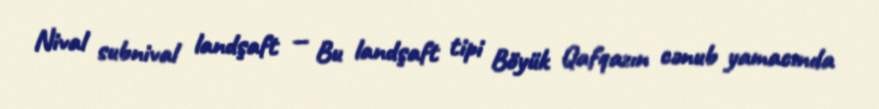
Nival subnival landşaft — Bu landşaft tipi Böyük Qafqazın cənub yamacında